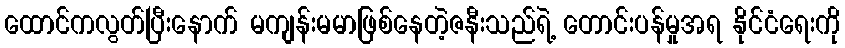
ထောင်ကလွတ်ပြီးနောက် မကျန်းမမာဖြစ်နေတဲ့ဇနီးသည်ရဲ့ တောင်းပန်မှုအရ နိုင်ငံရေးကို